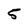
Character: 5